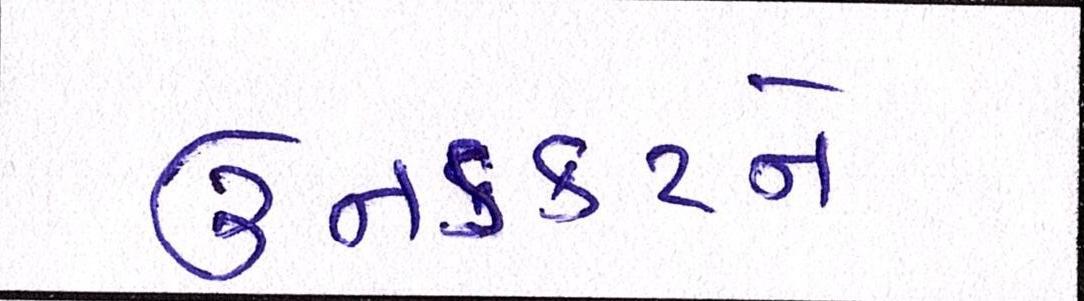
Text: ઉનડકટને